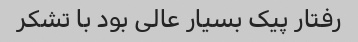
رفتار پیک بسیار عالی بود با تشکر